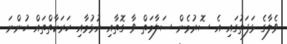
ވެލާގެ ޅަފަތުގައި އެ ސޮރުމެން ސަލާމަތް ވާ ގޮތާއި އުޅުމާއި ހަރަކާތްތައް ހުންނަ